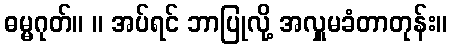
ဓမ္မဂုတ်။ ။ အပ်ရင် ဘာပြုလို့ အလှူမခံတာတုန်း။